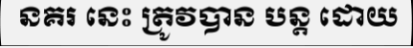
នគរ នេះ ត្រូវបាន បន្ត ដោយ